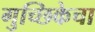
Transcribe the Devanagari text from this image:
गुच्छिकेचा